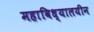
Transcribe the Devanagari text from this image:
महाविध्यालयीन